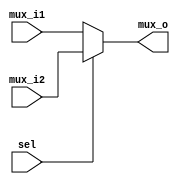
module mux #(
    parameter Length_in=32,
    parameter Length_out=32

 )(
    input wire [Length_in-1:0] mux_i1,
    input wire [Length_in-1:0] mux_i2,
    input wire        sel,
    output reg [Length_out-1:0] mux_o
);

always @(*)
    begin
        if (!sel)
        begin
            mux_o=mux_i1;
        end
        else
            mux_o=mux_i2;
    end


endmodule